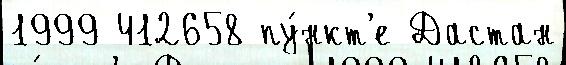
1999 412658 пу́нкт'е Дастан